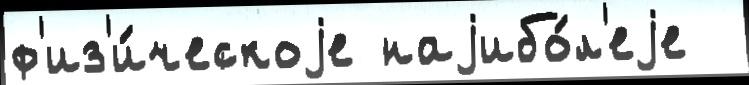
ф'из'и́ческоjе наjибо́л'еjе